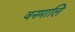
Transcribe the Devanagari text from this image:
वनमालि